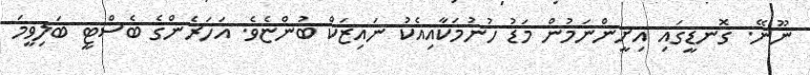
ނޫނޭ. ގޮނޑީގައި އިށީންނަމުން މަޑު ހުނުމަކާއިއެކު ނައިޒަކް ބުންޏެވެ. އަހަރެންގެ ބެސްޓީ ބަލިވީމަ